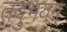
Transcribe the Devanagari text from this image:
तदुभयम्